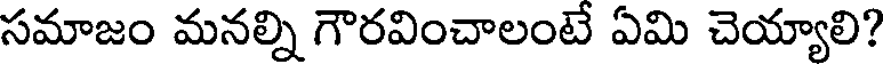
సమాజం మనల్ని గౌరవించాలంటే ఏమి చెయ్యాలి?